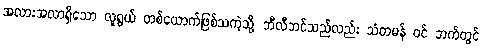
အလားအလာရှိသော လူရွယ် တစ်ယောက်ဖြစ်သကဲ့သို့ ဘီလီဘင်သည်လည်း သံတမန် ဝင် ဘက်တွင်